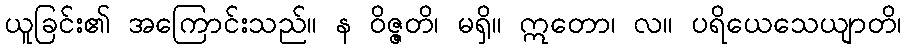
ယူခြင်း၏ အကြောင်းသည်။ န ဝိဇ္ဇတိ၊ မရှိ။ ဣတော၊ လ။ ပရိယေသေယျာတိ၊